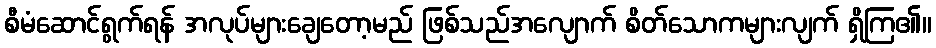
စီမံဆောင်ရွက်ရန် အလုပ်များချေတော့မည် ဖြစ်သည်အလျောက် စိတ်သောကများလျက် ရှိကြ၏။